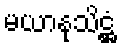
မယာနုသိဋ္ဌံ